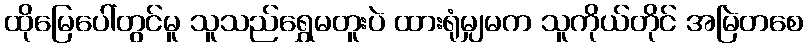
ထိုမြေပေါ်တွင်မူ သူသည်ရွှေမတူးပဲ ထားရုံမျှမက သူကိုယ်တိုင် အမြဲတစေ